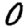
Digit: 0